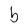
Character: b